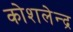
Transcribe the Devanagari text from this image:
कोशलेन्द्र